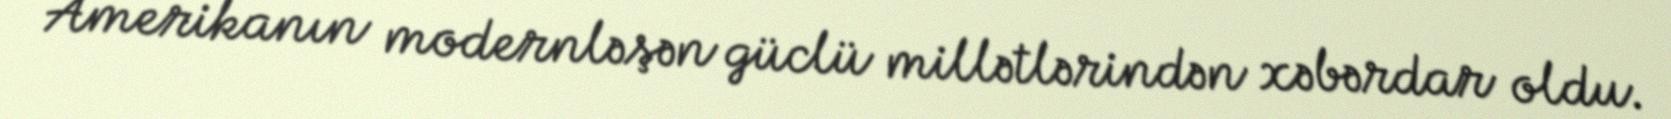
Amerikanın modernləşən güclü millətlərindən xəbərdar oldu.